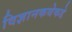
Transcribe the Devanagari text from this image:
विज्ञानकथेकडे